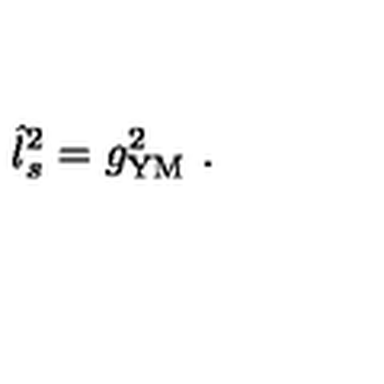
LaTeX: \hat { l } _ { s } ^ { 2 } = g _ { \mathrm { Y M } } ^ { 2 } \ .